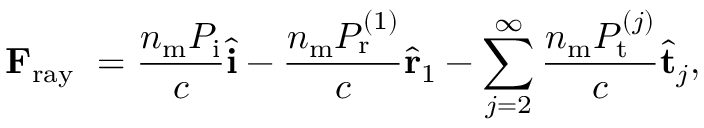
\mathbf { F } _ { \mathrm { r a y ~ } } = \frac { n _ { \mathrm { m } } P _ { \mathrm { i } } } { c } \hat { \mathbf { i } } - \frac { n _ { \mathrm { m } } P _ { \mathrm { r } } ^ { ( 1 ) } } { c } \hat { \mathbf { r } } _ { 1 } - \sum _ { j = 2 } ^ { \infty } \frac { n _ { \mathrm { m } } P _ { \mathrm { t } } ^ { ( j ) } } { c } \hat { \mathbf { t } } _ { j } ,